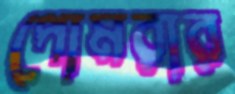
পোমরার